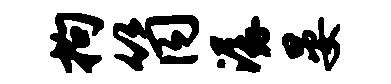
拘筒潺晏